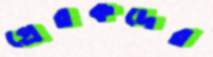
প্রেরকদের